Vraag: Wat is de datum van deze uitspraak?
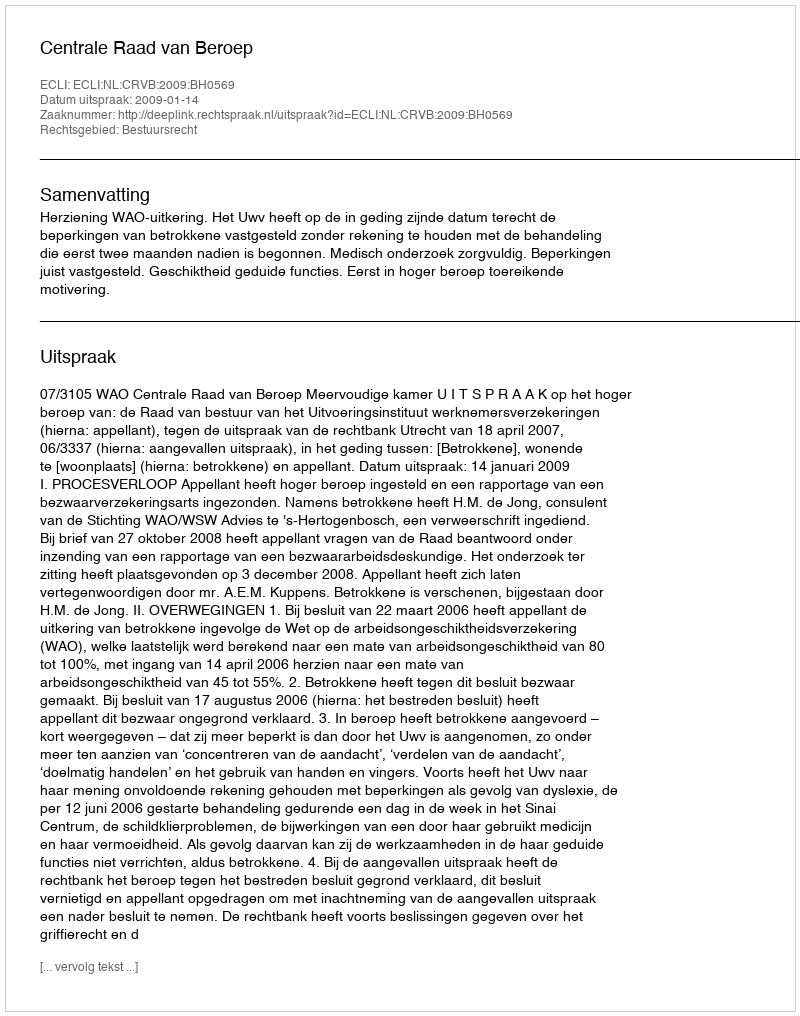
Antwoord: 2009-01-14